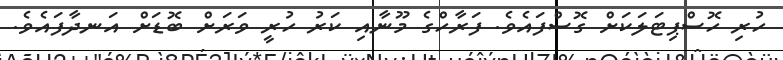
ހުރި ހޮސްޕިޓަލަކަށް ގޮސްފައެވެ. ފަރާހްގެ މޫނާއި ކަރު ހުރީ ވަރަށް ބޮޑަށް އަނދާފައެވެ.